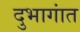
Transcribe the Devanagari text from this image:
दुभागांत